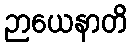
ဉာယေနာတိ